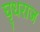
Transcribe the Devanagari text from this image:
घृधराज